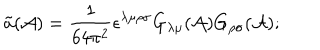
\tilde { a } ( { \cal A } ) = \frac { 1 } { 6 4 \pi ^ { 2 } } \epsilon ^ { \lambda \mu \rho \sigma } G _ { \lambda \mu } ( { \cal A } ) G _ { \rho \sigma } ( { \cal A } ) ;